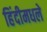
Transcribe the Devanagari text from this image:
हिंदीमधले